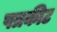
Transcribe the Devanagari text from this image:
पत्रकीट